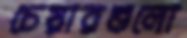
চেয়ারগুলো